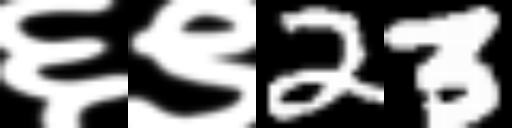
Text: ६९23